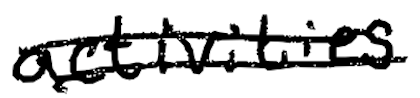
Text: activities
Cross-out: double-line
Writing tool: digital_black